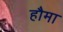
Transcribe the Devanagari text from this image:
हौमा